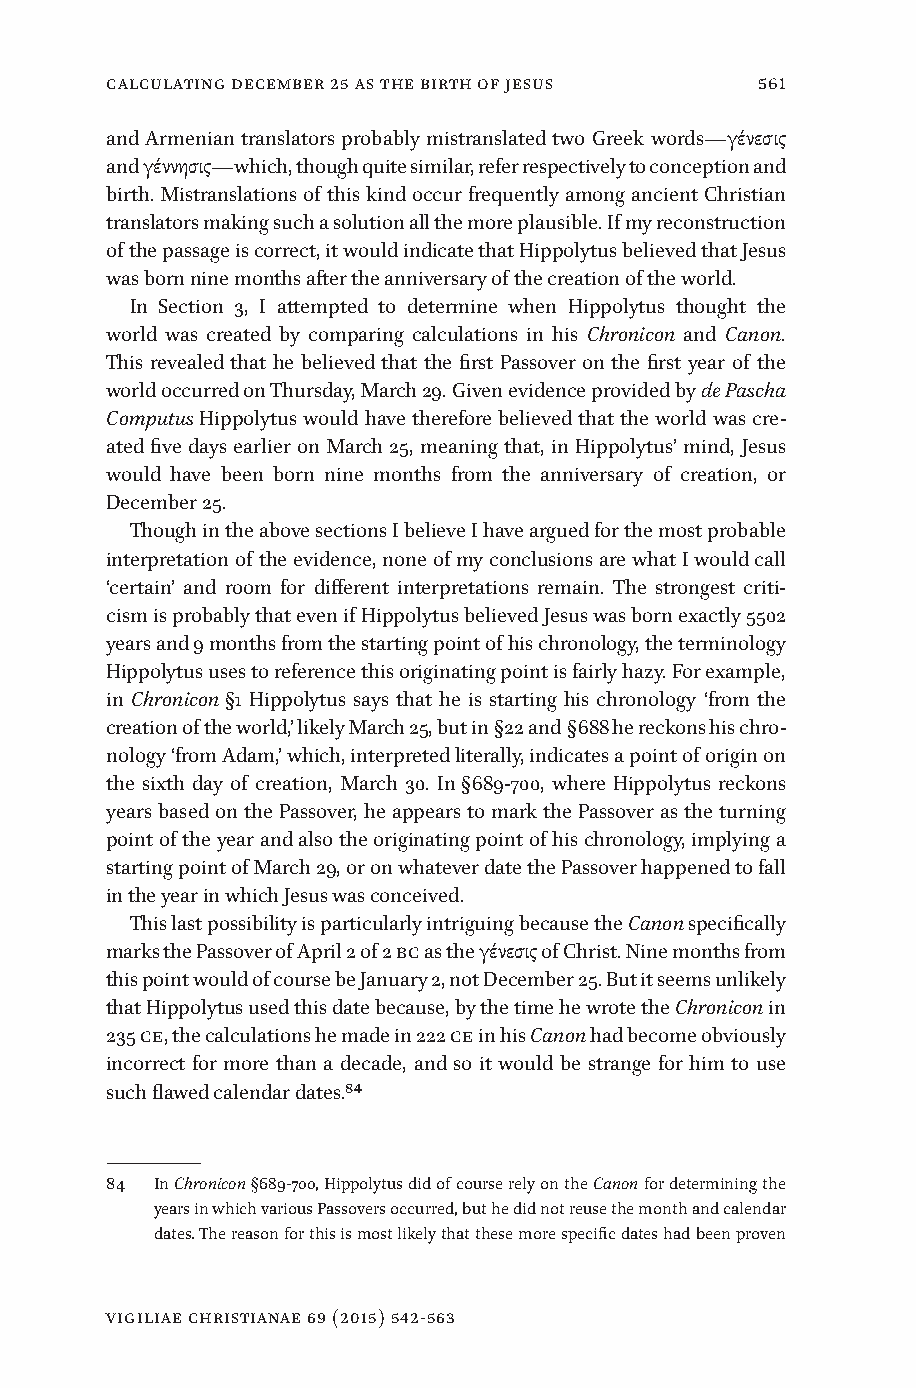
Calculating December 25 as the Birth of Jesus 561
 and Armenian translators probably mistranslated two Greek words—γένεσις
 and γέννησις—which, though quite similar, refer respectively to conception and
 birth. Mistranslations of this kind occur frequently among ancient Christian
 translators making such a solution all the more plausible. If my reconstruction
 of the passage is correct, it would indicate that Hippolytus believed that Jesus
 was born nine months after the anniversary of the creation of the world.
 In Section 3, I attempted to determine when Hippolytus thought the
 world was created by comparing calculations in his Chronicon and Canon.
 This revealed that he believed that the first Passover on the first year of the
 world occurred on Thursday, March 29. Given evidence provided by de Pascha
 Computus Hippolytus would have therefore believed that the world was cre-
 ated five days earlier on March 25, meaning that, in Hippolytus’ mind, Jesus
 would have been born nine months from the anniversary of creation, or
 December 25.
 Though in the above sections I believe I have argued for the most probable
 interpretation of the evidence, none of my conclusions are what I would call
 ‘certain’ and room for different interpretations remain. The strongest criti-
 cism is probably that even if Hippolytus believed Jesus was born exactly 5502
 years and 9 months from the starting point of his chronology, the terminology
 Hippolytus uses to reference this originating point is fairly hazy. For example,
 in Chronicon §1 Hippolytus says that he is starting his chronology ‘from the
 creation of the world,’ likely March 25, but in §22 and §688 he reckons his chro-
 nology ‘from Adam,’ which, interpreted literally, indicates a point of origin on
 the sixth day of creation, March 30. In §689-700, where Hippolytus reckons
 years based on the Passover, he appears to mark the Passover as the turning
 point of the year and also the originating point of his chronology, implying a
 starting point of March 29, or on whatever date the Passover happened to fall
 in the year in which Jesus was conceived.
 This last possibility is particularly intriguing because the Canon specifically
 marks the Passover of April 2 of 2 BC as the γένεσις of Christ. Nine months from
 this point would of course be January 2, not December 25. But it seems unlikely
 that Hippolytus used this date because, by the time he wrote the Chronicon in
 235 CE, the calculations he made in 222 CE in his Canon had become obviously
 incorrect for more than a decade, and so it would be strange for him to use
 such flawed calendar dates.84
 84 In Chronicon §689-700, Hippolytus did of course rely on the Canon for determining the
 years in which various Passovers occurred, but he did not reuse the month and calendar
 dates. The reason for this is most likely that these more specific dates had been proven
 vigiliae christianae 69 (2015) 542-563